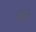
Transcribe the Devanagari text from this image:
धड़ी